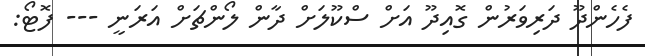
ފެހެންދޫ ދަރިވަރުން ގޮއިދޫ އަށް ސްކޫލަށް ދާން ލޯންޗަށް އަރަނީ --- ފޮޓޯ: